Annual report of the Punjab Veterinary College and of the Civil Veterinary Department, Punjab - 1926-1932
Year: 1926
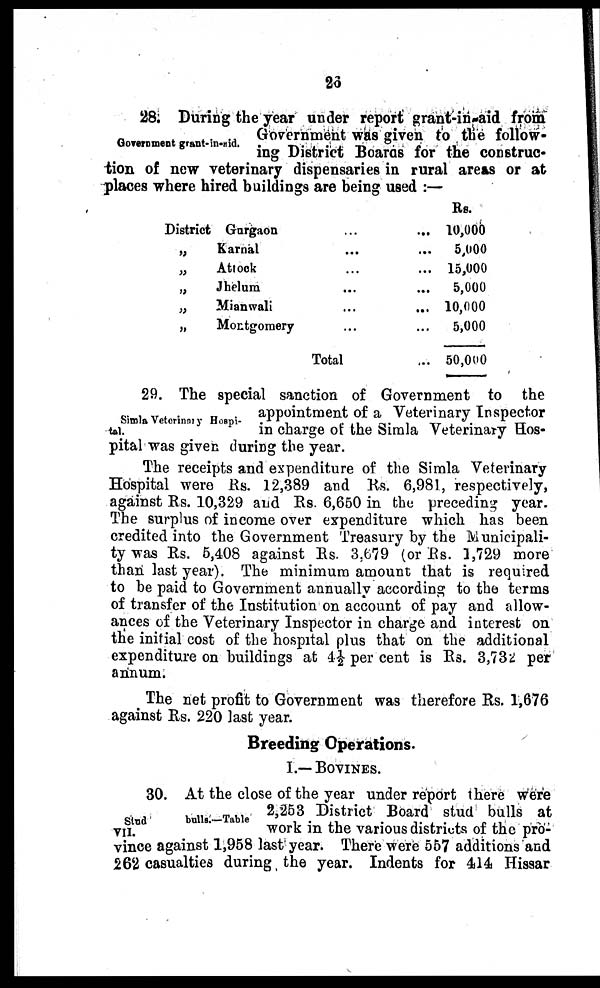
26
Government grant-in-aid.
28. During the year under report grant-in-aid from
Government was given to the follow-
ing District Boards for the construc-
tion of new veterinary dispensaries in rural areas or at
places where hired buildings are being used:—
District Gurgaon ...
„
Karnal
...
„
Atrock ...
„
Jhelum ...
„
Mianwali
...
„
Montgomery
...
Total
Rs.
10,000
5,000
15,000
5,000
10,000
5,000
50,000
Simla Veterinaty Hospi-
tal.
29. The special sanction of Government to the
appointment of a Veterinary Inspector
in charge of the Simla Veterinary Hos-
pital was given during the year.
The receipts and expenditure of the Simla Veterinary
Hospital were Rs. 12,389 and Rs. 6,981, respectively,
against Rs. 10,329 and Rs. 6,650 in the preceding year.
The surplus of income over expenditure which has been
credited into the Government Treasury by the Municipali-
ty was Rs. 5,408 against Rs. 3.679 (or Rs. 1,729 more
than last year). The minimum amount that is required
to be paid to Government annually according to the terms
of transfer of the Institution on account of pay and allow-
ances of the Veterinary Inspector in charge and interest on
the initial cost of the hospital plus that on the additional
expenditure on buildings at 4½ per cent is Rs. 3,732 per
annum.
The net profit to Government was therefore Rs. 1,676
against Rs. 220 last year.
Breeding Operations.
I.— BOVINES.
Stud
bulls.—Table
VII.
30. At the close of the year under report there were
2,253 District Board stud bulls at
work in the various districts of the pro-
vince against 1,958 last year. There were 557 additions and
262 casualties during the year. Indents for 414 Hissar